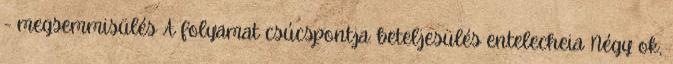
- megsemmisülés A folyamat csúcspontja: beteljesülés entelecheia Négy ok,